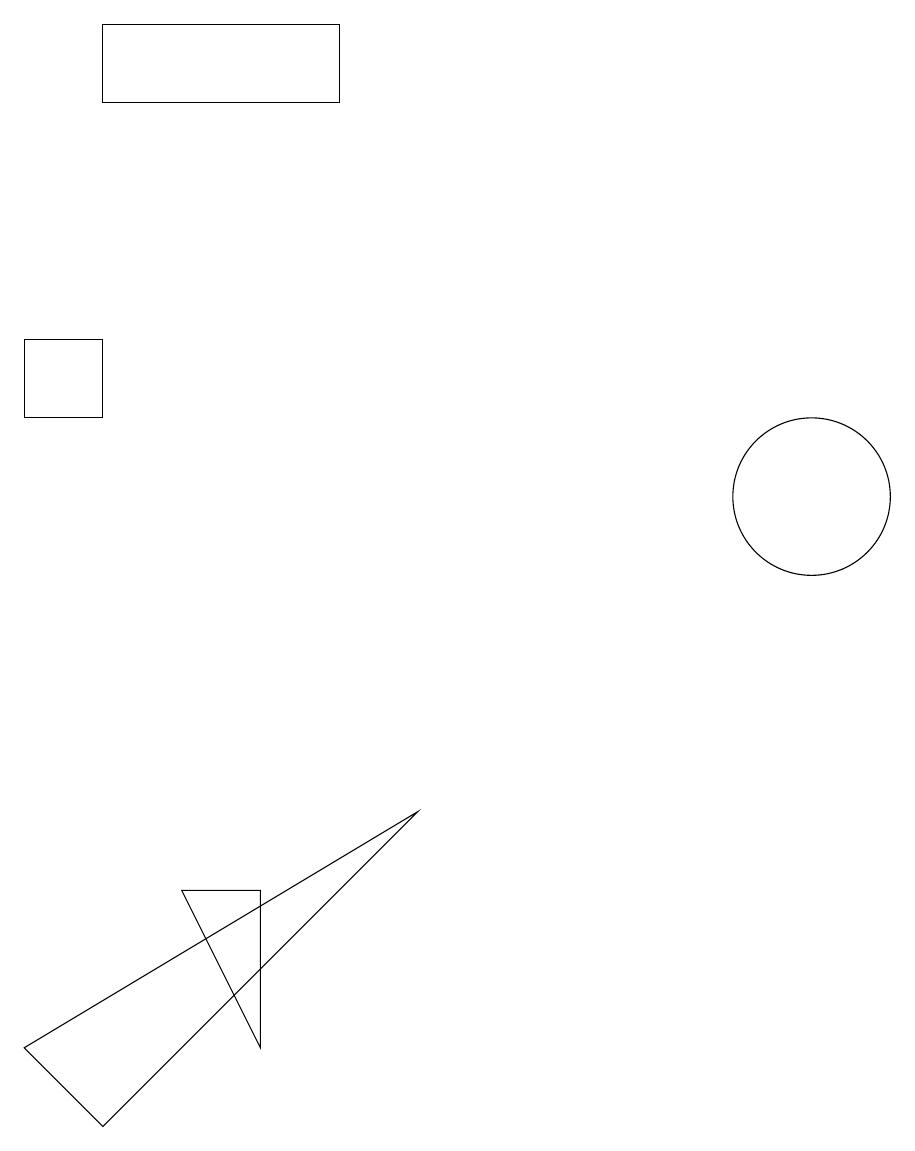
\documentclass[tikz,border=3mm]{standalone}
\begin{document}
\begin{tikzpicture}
\draw (6,8) -- (1,5) -- (2,4) -- cycle;
\draw (1,14) rectangle (2,13);
\draw (2,18) rectangle (5,17);
\draw (11,12) circle (1);
\draw (4,5) -- (4,7) -- (3,7) -- cycle;
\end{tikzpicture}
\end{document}